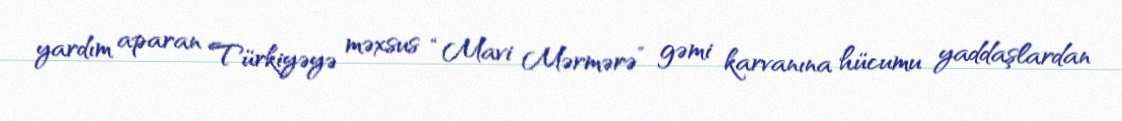
yardım aparan Türkiyəyə məxsus “Mavi Mərmərə” gəmi karvanına hücumu yaddaşlardan